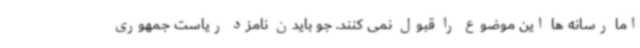
اما رسانه ها این موضوع را قبول نمی کنند. جو بایدن نامزد ریاست جمهوری